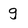
Character: g